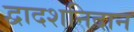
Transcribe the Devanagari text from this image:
द्वादशनिदान